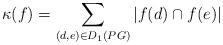
LaTeX: \begin{align*}\kappa(f)=\sum_{(d,e)\in D_{1}(PG)}|f(d)\cap f(e)|\end{align*}